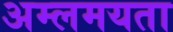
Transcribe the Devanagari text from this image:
अम्लमयता